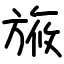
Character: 㫍